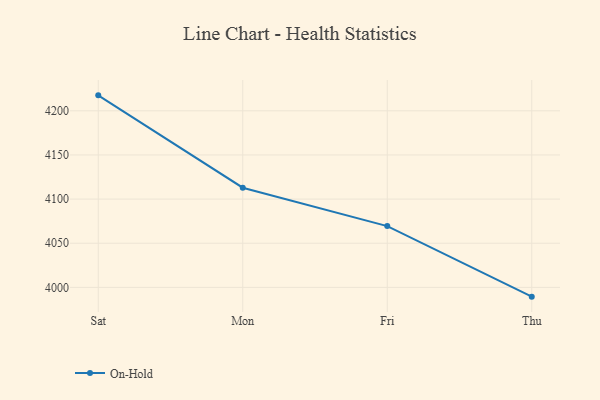
{"axis": {"x": "Day", "y": "Production Output"}, "legend": ["On-Hold"], "data": [{"x": "Sat", "y": 4217.5, "type": "On-Hold"}, {"x": "Mon", "y": 4112.9, "type": "On-Hold"}, {"x": "Fri", "y": 4069.4, "type": "On-Hold"}, {"x": "Thu", "y": 3989.5, "type": "On-Hold"}]}